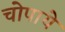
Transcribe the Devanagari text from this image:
चोपाये